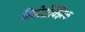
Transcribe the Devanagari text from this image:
हिमोटॉक्झिक